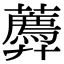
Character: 𧂑